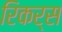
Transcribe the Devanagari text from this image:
रिकर्स